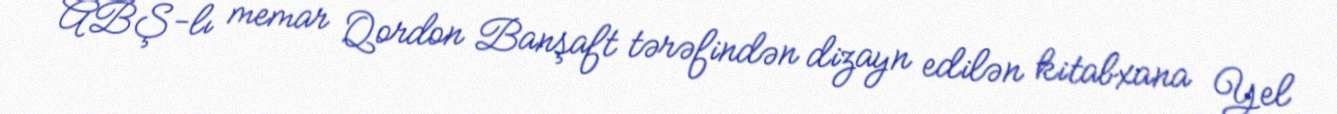
ABŞ-lı memar Qordon Banşaft tərəfindən dizayn edilən kitabxana Yel